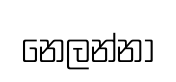
නෙලන්නා